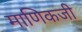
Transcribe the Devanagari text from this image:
माणिकजी